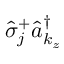
\hat { \sigma } _ { j } ^ { + } \hat { a } _ { k _ { z } } ^ { \dagger }